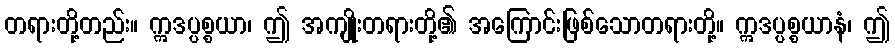
တရားတို့တည်း။ ဣဒပ္ပစ္စယာ၊ ဤ အကျိုးတရားတို့၏ အကြောင်းဖြစ်သောတရားတို့။ ဣဒပ္ပစ္စယာနံ၊ ဤ